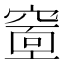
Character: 𥧘